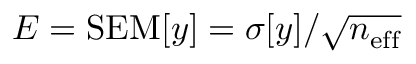
E = \mathrm { S E M } [ y ] = \sigma [ y ] / \sqrt { n _ { \mathrm { e f f } } }